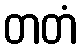
တတံ